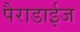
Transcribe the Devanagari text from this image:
पैराडाईज